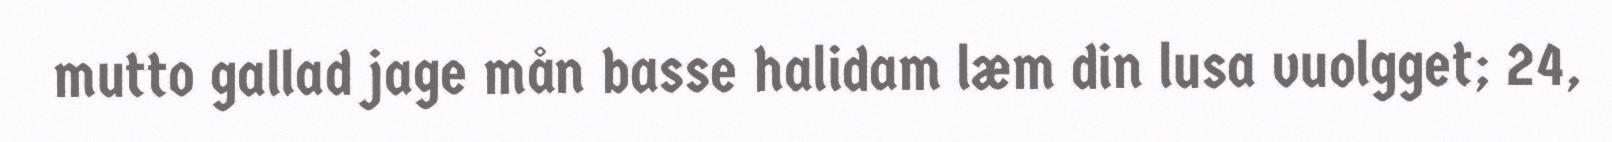
mutto gallad jage mån basse halidam læm din lusa vuolgget; 24,